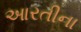
આરતીના